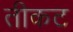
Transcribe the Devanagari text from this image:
तीकट